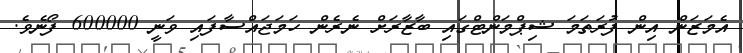
އެމަޒަން އިން ފުރަތަމަ ޝިޕްމަންޓްގައި ބާޒާރަށް ނެރެން ހަމަޖައްސާފައި ވަނީ 600000 ފޯނެވެ.